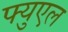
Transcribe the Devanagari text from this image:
फ्युएल